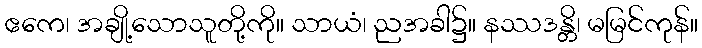
ဧကေ၊ အချို့သောသူတို့ကို။ သာယံ၊ ညအခါ၌။ နဿဒန္တိ၊ မမြင်ကုန်။